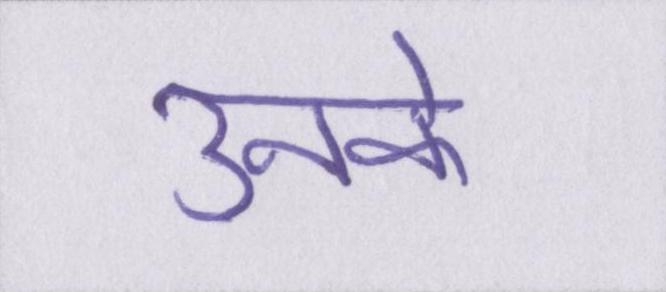
उनके